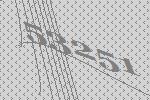
53251